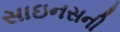
સાઇનસની